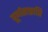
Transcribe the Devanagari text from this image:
पूर्णताप्राप्ति